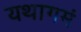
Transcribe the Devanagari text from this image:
यथागमं